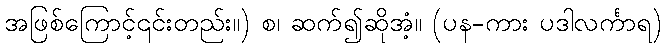
အဖြစ်ကြောင့်၎င်းတည်း။) စ၊ ဆက်၍ဆိုအံ့။ (ပန-ကား ပဒါလင်္ကာရ)